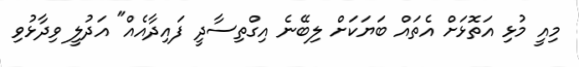
މިއީ މުޅި އަތޮޅަށް އެތައް ބަޔަކަށް ލިބޭނެ އިގްތިސާދީ ފައިދާއެއް" އަދުލީ ވިދާޅުވި